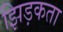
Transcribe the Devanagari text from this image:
झिड़कता